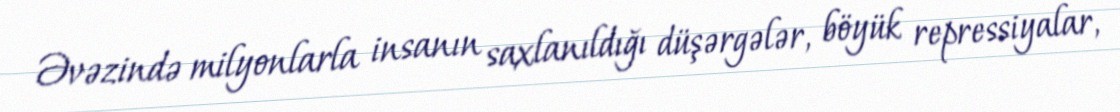
Əvəzində milyonlarla insanın saxlanıldığı düşərgələr, böyük repressiyalar,